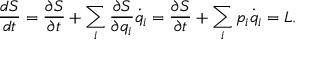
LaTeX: { \frac { d S } { d t } } = { \frac { \partial S } { \partial t } } + \sum _ { i } { \frac { \partial S } { \partial q _ { i } } } { \dot { q } } _ { i } = { \frac { \partial S } { \partial t } } + \sum _ { i } p _ { i } { \dot { q } } _ { i } = L .